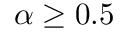
\alpha \geq 0 . 5